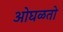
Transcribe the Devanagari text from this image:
ओघळतो